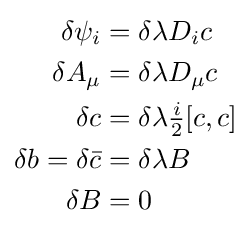
{\begin{aligned}\delta \psi _{i}&=\delta \lambda D_{i}c\\\delta A_{\mu }&=\delta \lambda D_{\mu }c\\\delta c&=\delta \lambda {\tfrac {i}{2}}[c,c]\\\delta b=\delta {\bar {c}}&=\delta \lambda B\\\delta B&=0\end{aligned}}